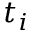
t _ { i }